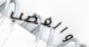
والغضب